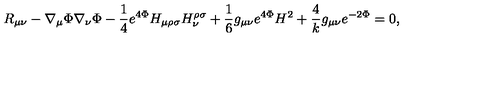
R _ { \mu \nu } - \nabla _ { \mu } \Phi \nabla _ { \nu } \Phi - { \frac { 1 } { 4 } } e ^ { 4 \Phi } H _ { \mu \rho \sigma } H _ { \nu } ^ { \rho \sigma } + { \frac { 1 } { 6 } } g _ { \mu \nu } e ^ { 4 \Phi } H ^ { 2 } + { \frac { 4 } { k } } g _ { \mu \nu } e ^ { - 2 \Phi } = 0 ,